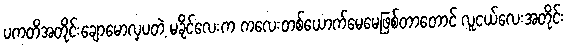
ပကတိအတိုင်းချောမောလှပတဲ့ မခိုင်လေးက ကလေးတစ်ယောက်မေမေဖြစ်တာတောင် လူငယ်လေးအတိုင်း